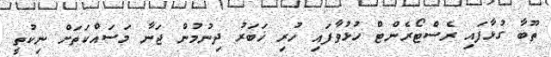
ތޫބާ ގުޅާފައި ރެސްޓޯރެންޓް ހުޅުވާފައި ހުރި ޚަބަރު ދިނުމުން ޖަނާ މަސައްކަތަށް ނިކުތީ